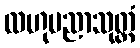
လဟုပညာသုတ္တံ